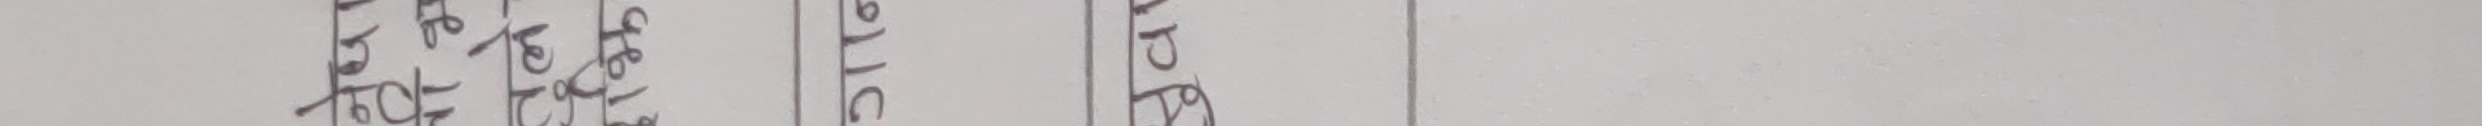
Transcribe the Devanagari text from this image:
देउताको ३।१६ बिद्या